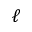
\ell